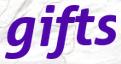
gifts